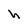
Character: h